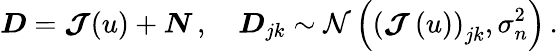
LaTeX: \boldsymbol{D}=\boldsymbol{\mathcal{J}}(u)+\boldsymbol{N}\, ,\quad\boldsymbol{D}_{jk}\sim\mathcal{N}\left(\left(\boldsymbol{\mathcal{J}}\left(u\right)\right)_{jk},\sigma_{n}^{2}\right)\, .